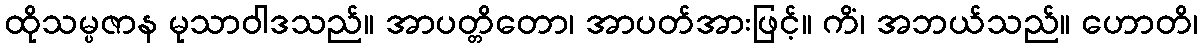
ထိုသမ္ပဇာန မုသာဝါဒသည်။ အာပတ္တိတော၊ အာပတ်အားဖြင့်။ ကိံ၊ အဘယ်သည်။ ဟောတိ၊